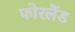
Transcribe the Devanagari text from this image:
फोरलैंड